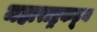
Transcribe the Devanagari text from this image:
महाराष्ट्रकडून